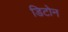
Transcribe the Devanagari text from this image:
डिटोन